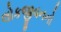
લોકજીવનનો